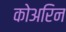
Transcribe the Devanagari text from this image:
कोअरिन